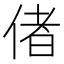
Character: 偖